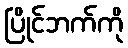
ပြိုင်ဘက်ကို